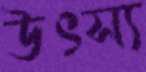
উৎস্য